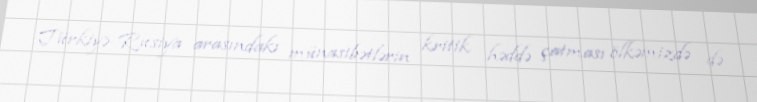
Türkiyə-Rusiya arasındakı münasibətlərin kritik həddə çatması ölkəmizdə də